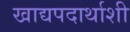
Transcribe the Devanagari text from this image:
खाद्यपदार्थाशी